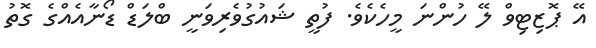
އޭ ޕޮޒިޓިވް ލޭ ހުންނަ މީހެކެވެ. ފުތީ ޝައުގުވެރިވަނީ ބްލަޑް ޑޯނާއެއްގެ ގޮތު